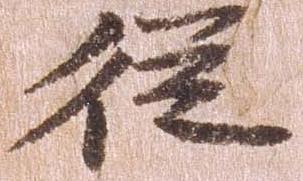
従